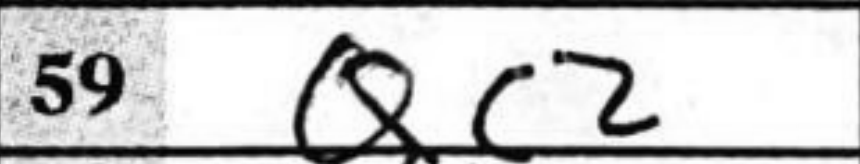
Transcription: Qc2